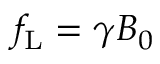
f _ { \mathrm { L } } = \gamma B _ { 0 }